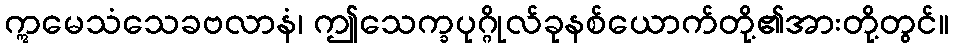
ဣမေသံသေခဗလာနံ၊ ဤသေက္ခပုဂ္ဂိုလ်ခုနစ်ယောက်တို့၏အားတို့တွင်။